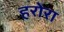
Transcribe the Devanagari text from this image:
हरोरा